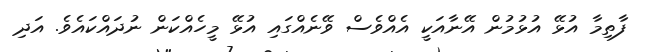
ފާތިމާ އުޅޭ އުޅުމުން އޭނާއަކީ އެއްވެސް ވޭނެއްގައި އުޅޭ މީހެއްކަން ނުދައްކައެވެ. އަދި